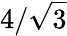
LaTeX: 4/\sqrt{3}